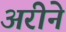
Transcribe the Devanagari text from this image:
अरीने